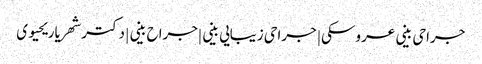
جراحی بینی عروسکی | جراحی زیبایی بینی |جراح بینی | دکتر شهریار یحیوی